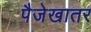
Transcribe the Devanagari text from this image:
पैजेखातर